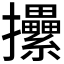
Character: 𢺢